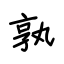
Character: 孰